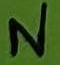
Text: N